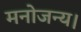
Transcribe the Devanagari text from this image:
मनोजन्य।